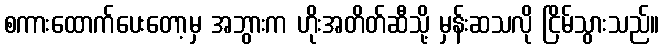
စကားထောက်ပေးတော့မှ အဘွားက ဟိုးအတိတ်ဆီသို့ မှန်းဆသလို ငြိမ်သွားသည်။